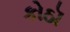
કોઠૉ